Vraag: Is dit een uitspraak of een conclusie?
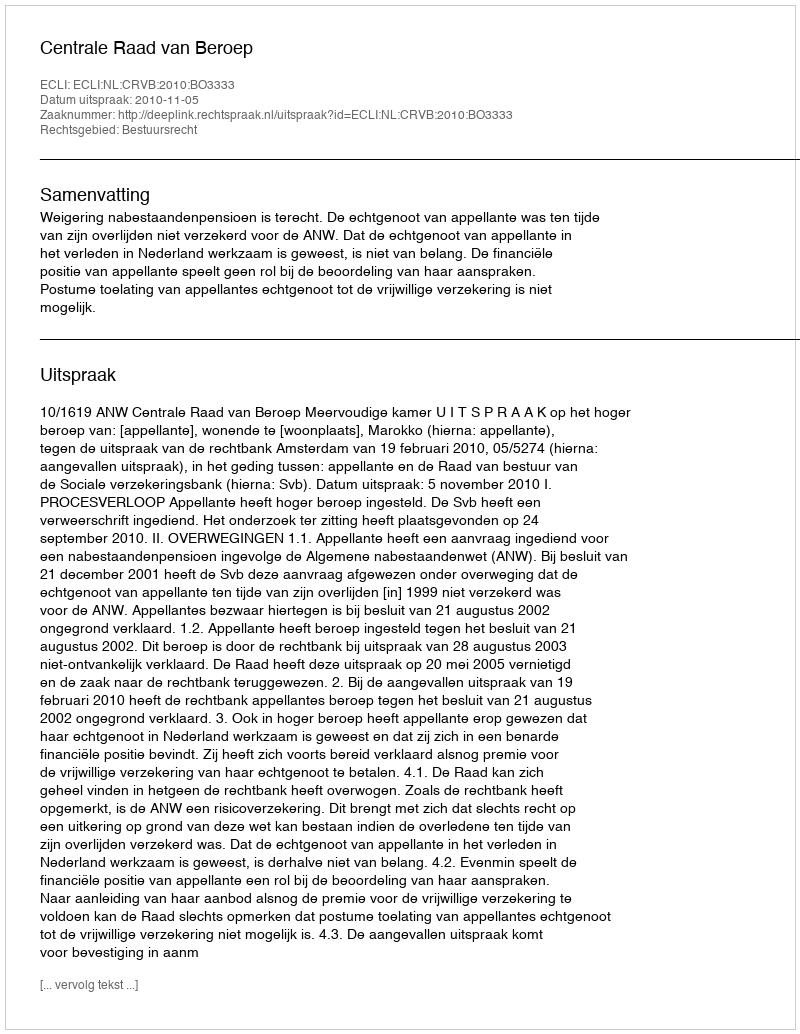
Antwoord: Uitspraak